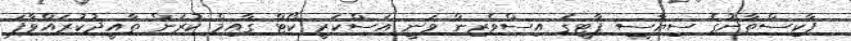
ޕާކިސްތާނުގެ ސިޔާސީ ޕާޓީގެ އިސްވެރިން ވަނީ އަސްކަރީ ކޯޓް ގާއިމް ކުރަން ތާއީދުކުރައްވާފަ